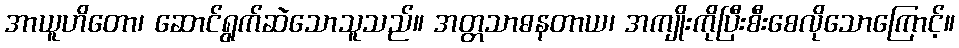
အာယူဟိတော၊ ဆောင်ရွက်ဆဲသောသူသည်။ အတ္တသာဓနတာယ၊ အကျိုးကိုပြီးစီးစေလိုသောကြောင့်။